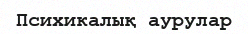
Психикалық аурулар